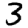
Digit: 3